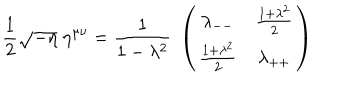
{ \frac { 1 } { 2 } } \sqrt { - \eta } \; \eta ^ { \mu \nu } = { \frac { 1 } { 1 - \lambda ^ { 2 } } } \; \left( \begin{array} { c c } { { { \lambda _ { -- } } } } & { { { { \frac { 1 + \lambda ^ { 2 } } { 2 } } } } } \\ { { { { \frac { 1 + \lambda ^ { 2 } } { 2 } } } } } & { { { \lambda _ { + + } } } } \\ \end{array} \right)